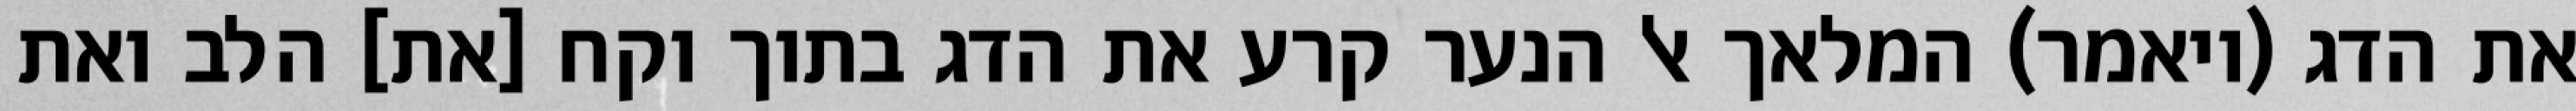
את הדג (ויאמר) המלאך אל הנער קרע את הדג בתוך וקח [את] הלב ואת